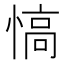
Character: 𢞟